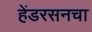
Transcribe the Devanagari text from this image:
हेंडरसनचा